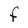
Character: F